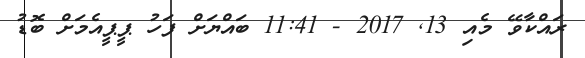
ރައްކާވޭ މެއި 13